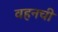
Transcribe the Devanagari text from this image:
वहनची